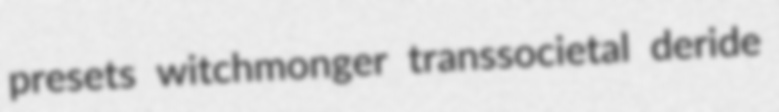
presets witchmonger transsocietal deride